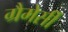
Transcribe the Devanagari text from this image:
ग्रैमेर्सी